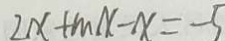
2 x + m x - x = - 5